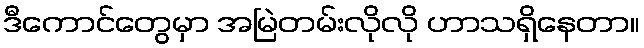
ဒီကောင်တွေမှာ အမြဲတမ်းလိုလို ဟာသရှိနေတာ။